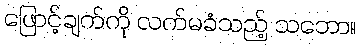
ဖြောင့်ချက်ကို လက်မခံသည့် သဘော။